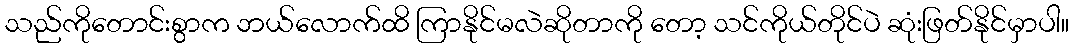
သည်ကိုတောင်းစွာက ဘယ်လောက်ထိ ကြာနိုင်မလဲဆိုတာကို တော့ သင်ကိုယ်တိုင်ပဲ ဆုံးဖြတ်နိုင်မှာပါ။